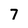
Character: 7